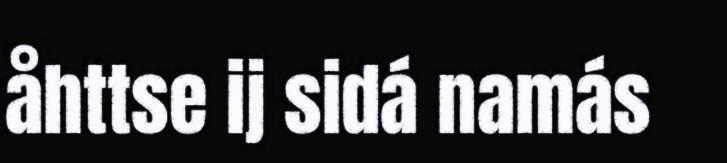
åhttse ij sidá namás